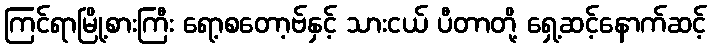
ကြင်ရာမြို့စားကြီး ရော့စတော့ဗ်နှင့် သားငယ် ပီတာတို့ ရှေ့ဆင့်နောက်ဆင့်